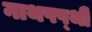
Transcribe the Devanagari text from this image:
नाथषष्थी